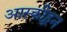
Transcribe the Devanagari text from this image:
आस्कीहून